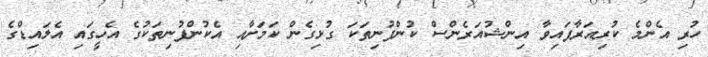
ހުރި އެންމެ ކުރިއަރާފައިވާ އިންޝުއަރެންސް ކުންފުނިތަކަ ގުޅިގެން ކަމަށާއި އެކުންފުނިތަކުގެ އެހީގައި އެލައިޑްގެ